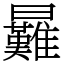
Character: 㬮